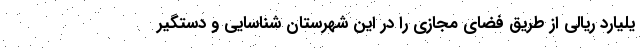
یلیارد ریالی از طریق فضای مجازی را در این شهرستان شناسایی و دستگیر